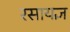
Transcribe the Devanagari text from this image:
रसायज्ञ